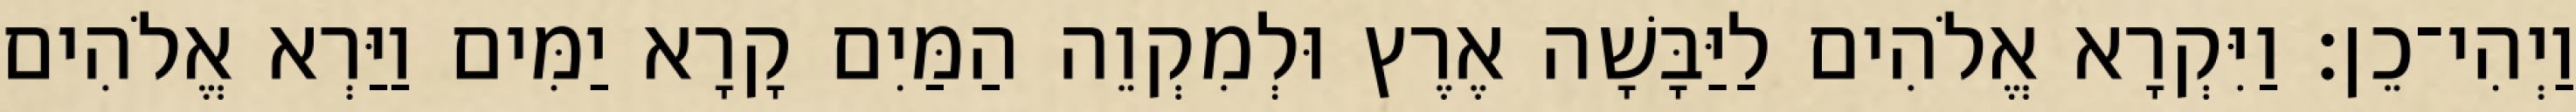
וַיְהִי־כֵן׃ וַיִּקְרָא אֱלֹהִים לַיַּבָּשָׁה אֶרֶץ וּלְמִקְוֵה הַמַּיִם קָרָא יַמִּים וַיַּרְא אֱלֹהִים